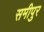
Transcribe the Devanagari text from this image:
समीपुर